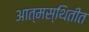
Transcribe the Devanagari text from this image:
आत्मस्थितीत